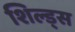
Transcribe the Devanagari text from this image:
शिल्ड्स